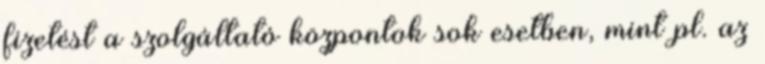
fizetést a szolgáltató központok sok esetben, mint pl. az